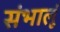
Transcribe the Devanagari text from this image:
संभालूं